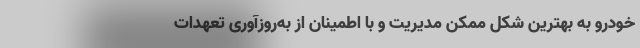
خودرو به بهترین شکل ممکن مدیریت و با اطمینان از به‌روزآوری تعهدات